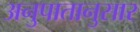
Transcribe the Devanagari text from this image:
अनुपातानुसार